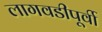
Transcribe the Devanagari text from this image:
लागवडीपूर्वी